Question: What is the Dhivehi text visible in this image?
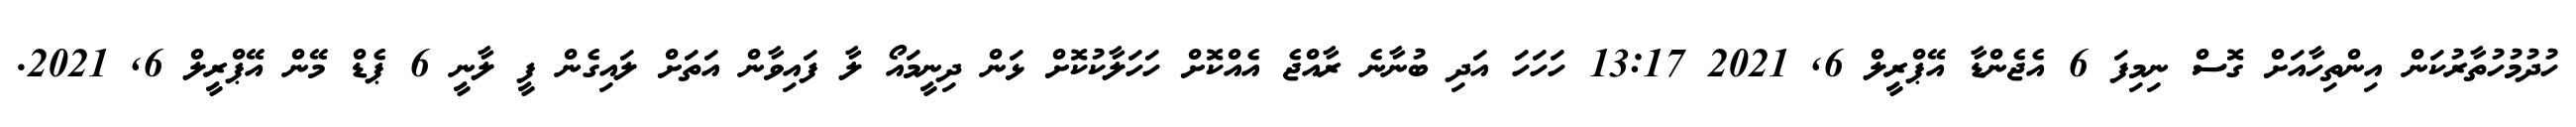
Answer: ހުދުމުހުތާރުކަން އިންތިހާއަށް ގޮސް ނިމިފަ 6 އެޖެންޑާ އޭޕްރީލް 6, 2021 13:17 ހަހަހަ އަދި ބުނާނެ ރާއްޖެ އެއްކޮށް ހަހަލާކުކޮށް ޅަން ދިނީމައޯ ލާ ފައިވާން އަތަށް ލައިގެން ފީ ލާނީ 6 ޕެޑް މޭން އޭޕްރީލް 6, 2021.